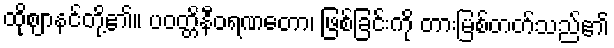
ထိုဈာနင်တို့၏။ ပဝတ္တိနီဝရဏတော၊ ဖြစ်ခြင်းကို တားမြစ်တတ်သည်၏